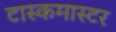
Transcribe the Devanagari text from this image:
टास्कमास्टर